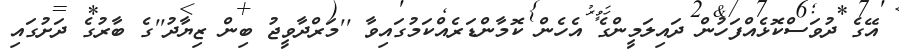
އޭގެ ދުވަސްކޮޅެއްފަހުން ދައިލަމީންގެ އެހެން ކޮމާންޑަރެއްކަމުގައިވާ ''މަރްދާވީޖު ބިން ޒިޔާދު''ގެ ބާރުގެ ދަށުގައި